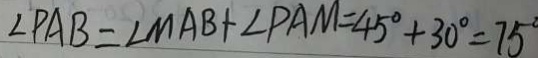
\angle P A B = \angle M A B + \angle P A M = 4 5 ^ { \circ } + 3 0 ^ { \circ } = 7 5 ^ { \circ }